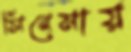
সিনেমায়